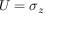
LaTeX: U = \sigma _ { z }